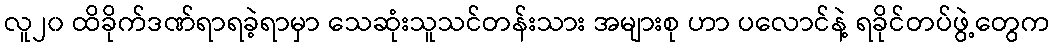
လူ၂၀ ထိခိုက်ဒဏ်ရာရခဲ့ရာမှာ သေဆုံးသူသင်တန်းသား အများစု ဟာ ပလောင်နဲ့ ရခိုင်တပ်ဖွဲ့တွေက